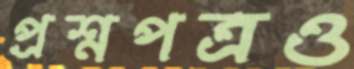
প্রশ্নপত্রও